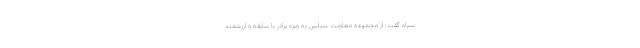
سپاه گفت: از مجموعه معاونت سیاسی به ویژه برادر با سابقه و ارزشمند